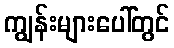
ကျွန်းများပေါ်တွင်